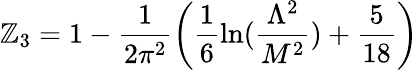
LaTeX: \mathbb{Z}_{3}=1-\frac{{1}}{{2\pi^{2}}}\left(\frac{{1}}{{6}}\ln(\frac{{\Lambda^{2}}}{{M^{2}}})+\frac{{5}}{{18}}\right)